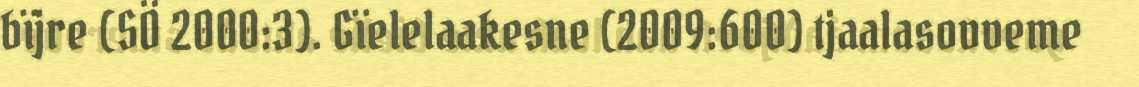
bïjre (SÖ 2000:3). Gïelelaakesne (2009:600) tjaalasovveme